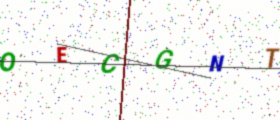
Text: OECGNT